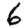
Digit: 6